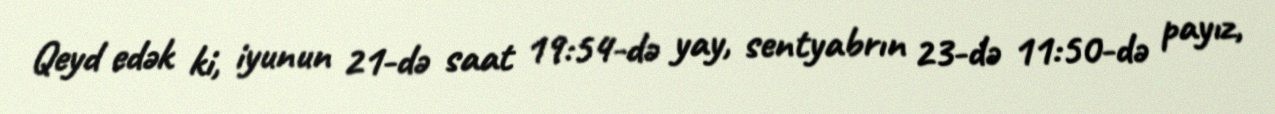
Qeyd edək ki, iyunun 21-də saat 19:54-də yay, sentyabrın 23-də 11:50-də payız,